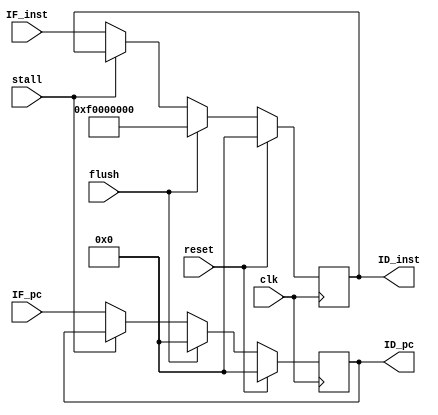
module IF_ID (
    clk,reset,flush,IF_inst,IF_pc,ID_inst,ID_pc,stall
);
    input wire clk,reset,flush;
    input wire [0:31] IF_inst;
    input wire [0:31] IF_pc;
    input wire stall;
    output reg [0:31] ID_inst;
    output reg [0:31] ID_pc;

    always @(posedge clk) begin
        if(reset) begin
            ID_inst <= 0;
            ID_pc <= 0;
        end
        else if(flush) begin
            ID_inst <= 32'h F0000000;
            ID_pc <= 0;
        end
        else if(!stall)begin
            ID_inst <= IF_inst;
            ID_pc <= IF_pc;
        end
    end

endmodule